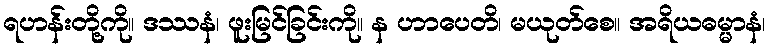
ရဟန်းတို့ကို။ ဒဿနံ၊ ဖူးမြင်ခြင်းကို။ န ဟာပေတိ၊ မယုတ်စေ။ အရိယဓမ္မာနံ၊